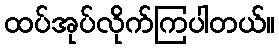
ထပ်အုပ်လိုက်ကြပါတယ်။